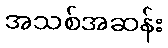
အသစ်အဆန်း